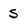
Character: s